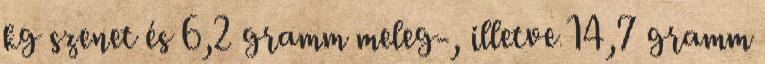
kg szenet és 6,2 gramm meleg-, illetve 14,7 gramm